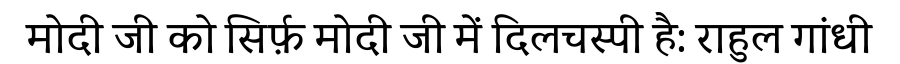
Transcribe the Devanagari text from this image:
मोदी जी को सिर्फ़ मोदी जी में दिलचस्पी है: राहुल गांधी